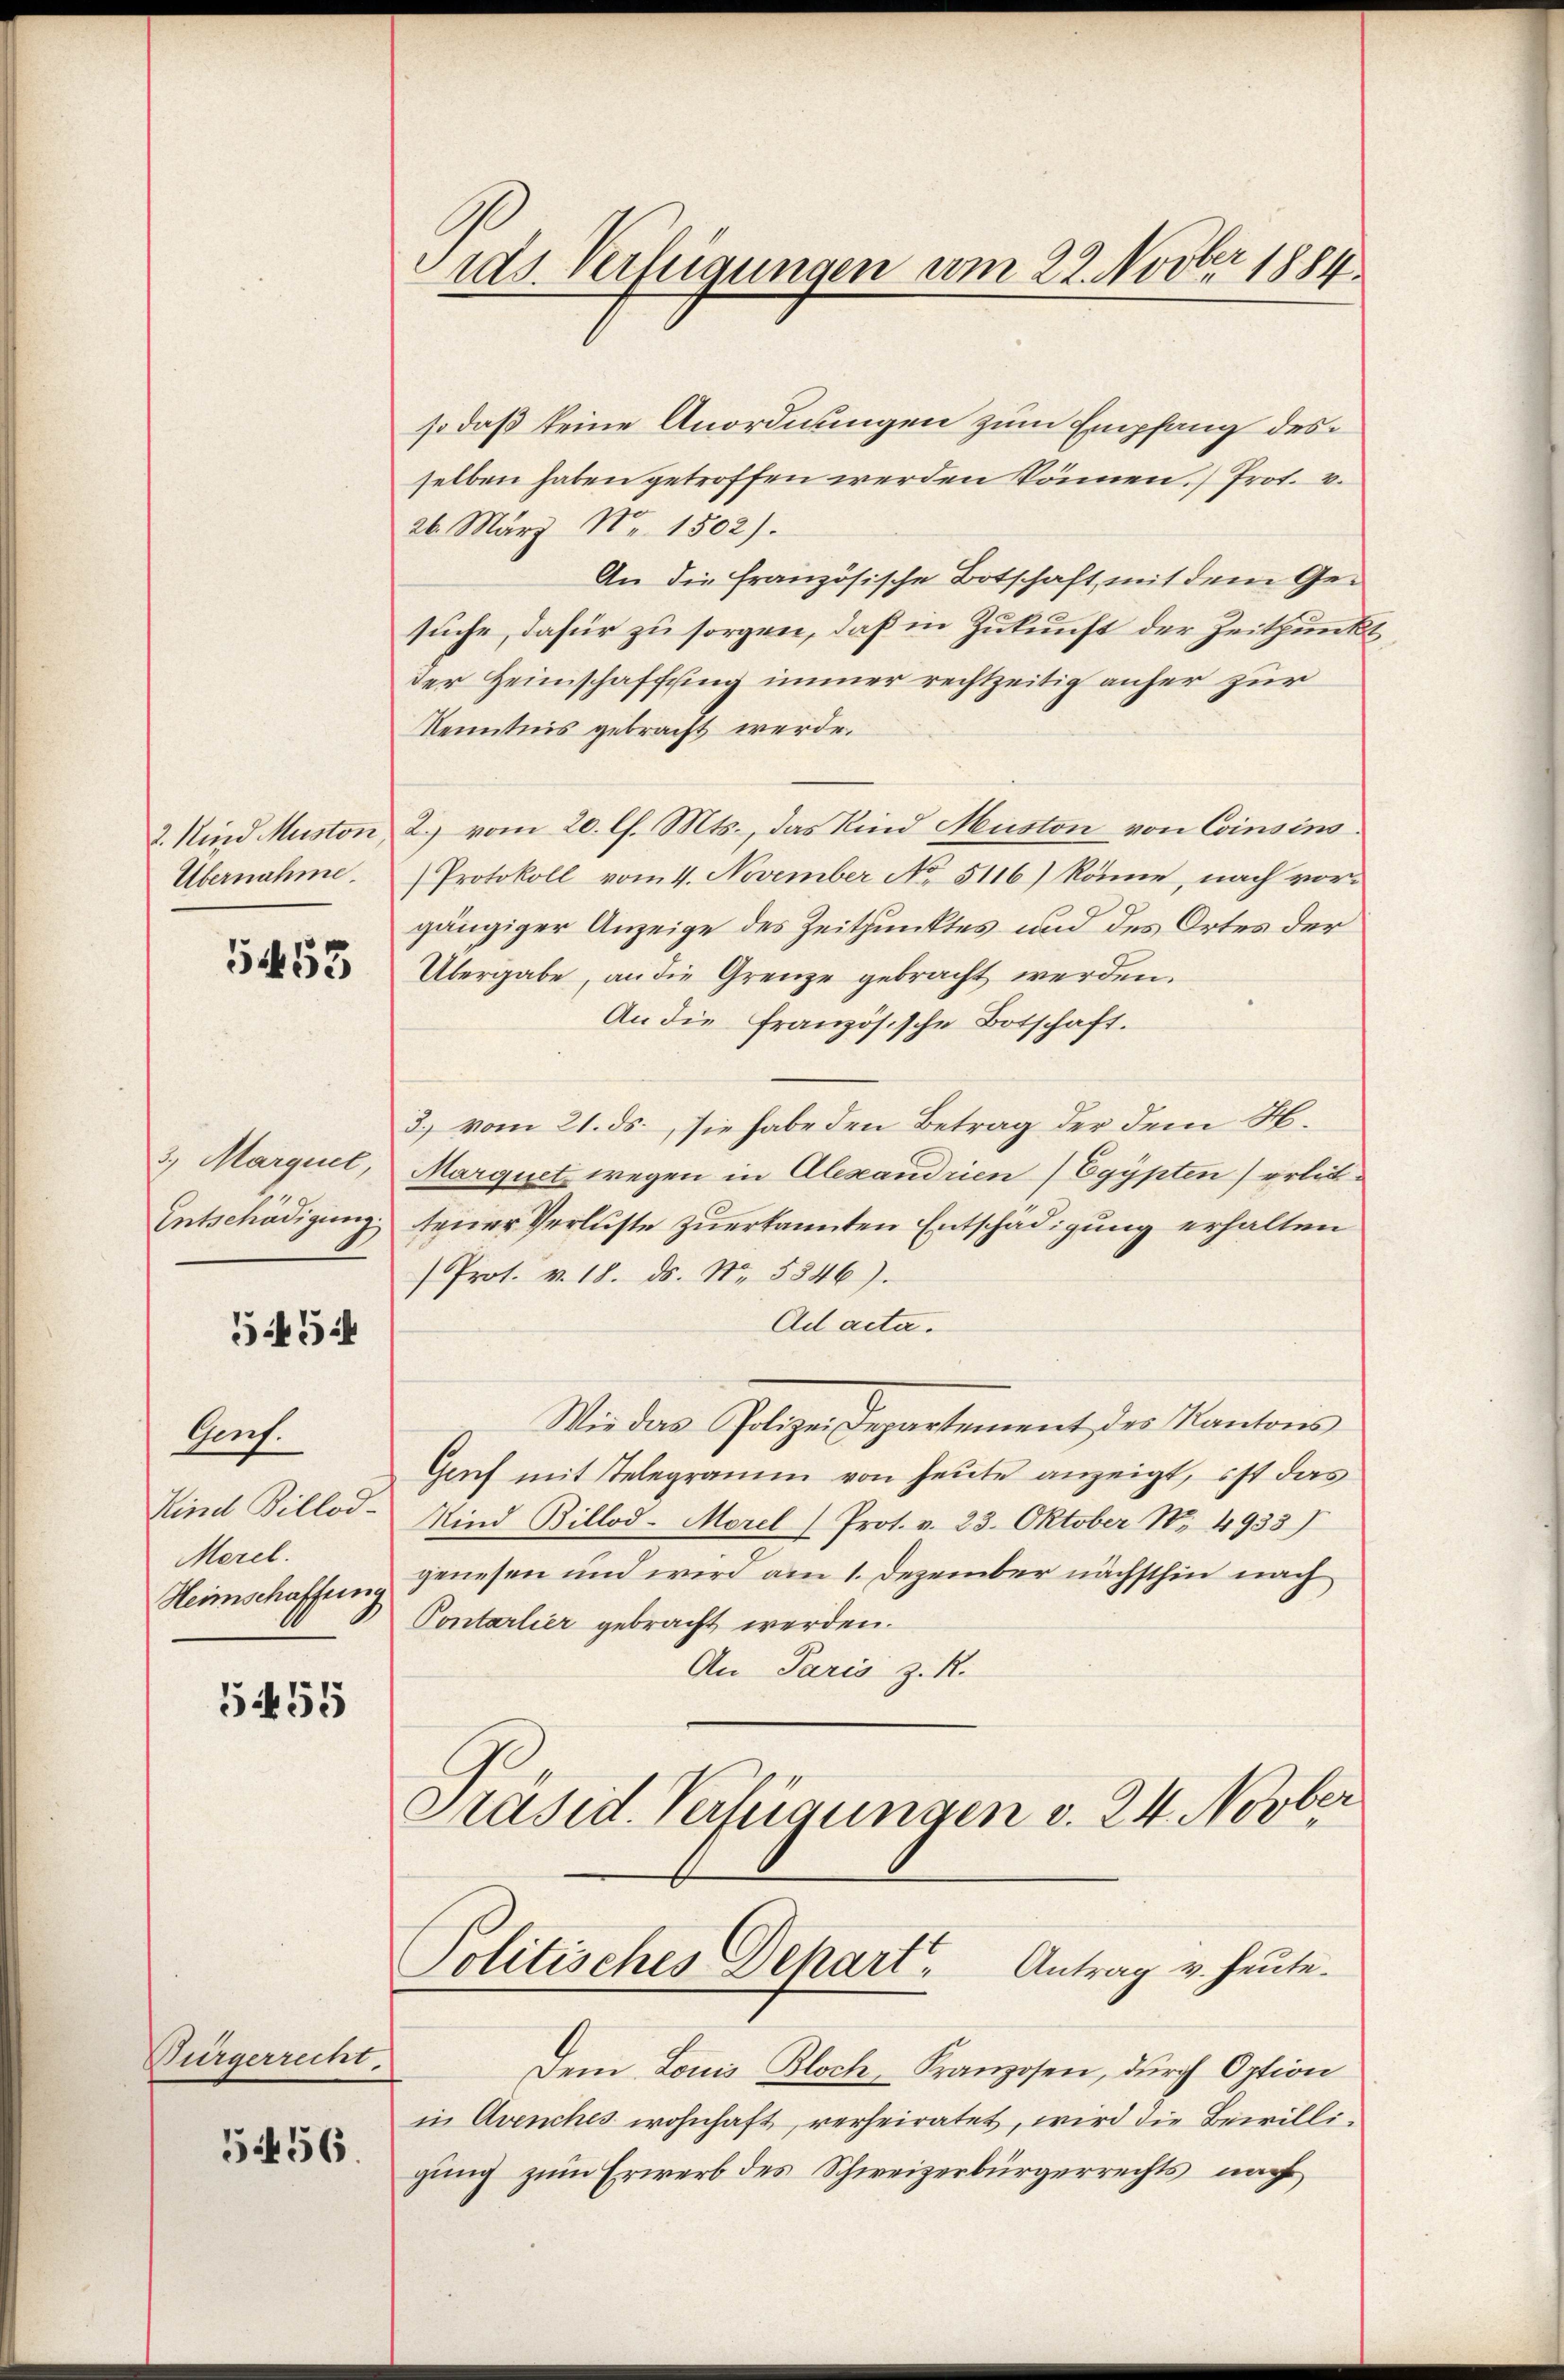
2. Kind Muston
Übernahme.

5453

3.) Marguel,
Entschädigung.

554

Grf.
Kind Billod-
Merel.
Heimschaffung

555

Bürgerrecht.

5456.

Fids. Verfügungen vom 22. Novber 1884

so daß keine Anordnungen zum Empfang des
selben haben getroffen werden können. Prot. v.
26. März Nr. 1502).
An die französische Botschaft mit dem Gesuche, dafür zu sorgen, daß in Zukunft der Zeitpunkt
der Heimschaffung immer rechtzeitig anher zur
Kenntnis gebracht werde.
2. vom 20. l. Mts., das Kind Muston von Consins.
Protokoll vom 4. November No. 5116) könne, nach vorgängiger Anzeige des Zeitpunktes und des Ortes der
Übergabe, an die Grenze gebracht werden.
An die französische Botschaft.
3.) vom 21. ds., sie habe den Betrag der dem H.
Marquet wegen in Alexandrien) Egypten) erlittener Verluste zuerkannten Entschädigung erhalten
Prot. v. 18. ds. No. 5846).
Ad acta.
Wie das Polizei Departement der Kantons
Genf mit Telegramm von heute anzeigt, ist das
Kind Billod-Morel ) Prot. v. 23. Oktober N. 4933)
genesen und wird am 1. Dezember nächsthin nach
Pontarlier gebracht werden.
An Paris z. R.
Präsid. Verfügungen v. 24. Novber
Politisches Dehart, Antrag v. heute.
Dem Louis Bloch, Kranzosen, durch Option
in Avenches wohnhaft, verheiratet, wird die Bewilligung zum Erwerb des Schweizerbürgerrechts nach